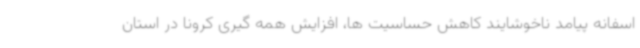
اسفانه پیامد ناخوشایند کاهش حساسیت ها، افزایش همه گیری کرونا در استان